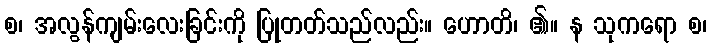
စ၊ အလွန်ကျမ်းလေးခြင်းကို ပြုတတ်သည်လည်း။ ဟောတိ၊ ၏။ န သုကရော စ၊